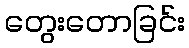
တွေးတောခြင်း